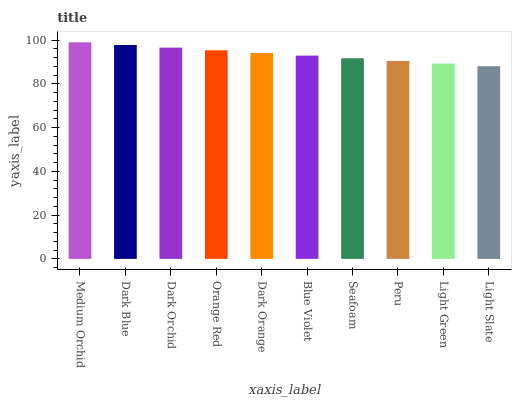
| xaxis_label | bars |
 | --- | --- |
 | Medium Orchid | 99 |
 | Dark Blue | 97.8 |
 | Dark Orchid | 96.6 |
 | Orange Red | 95.4 |
 | Dark Orange | 94.1 |
 | Blue Violet | 92.9 |
 | Seafoam | 91.7 |
 | Peru | 90.5 |
 | Light Green | 89.3 |
 | Light Slate | 88.1 |